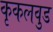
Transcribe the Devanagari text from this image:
कृकलवुड